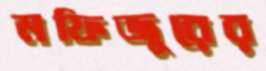
মফিজুরের